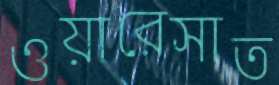
ওয়ারেসাত